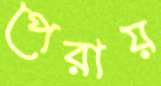
পেরায়